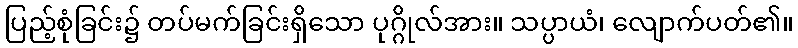
ပြည့်စုံခြင်း၌ တပ်မက်ခြင်းရှိသော ပုဂ္ဂိုလ်အား။ သပ္ပာယံ၊ လျောက်ပတ်၏။